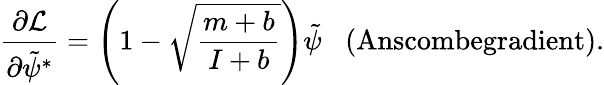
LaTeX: \frac{\partial\mathcal{L}}{\partial\tilde{\psi}^{*}}=\left(1-\sqrt{\frac{m+b}{I+b}}\right)\tilde{\psi}\; \; \; \textrm{(Anscombegradient)}.